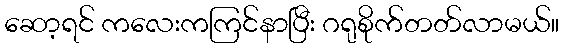
ဆော့ရင် ကလေးကကြင်နာပြီး ဂရုစိုက်တတ်လာမယ်။